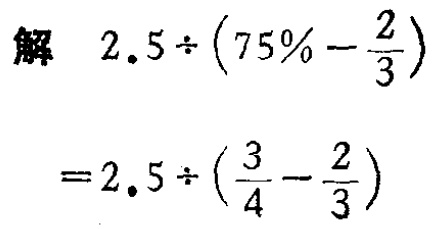
\[

\begin{align*}

&解\quad 2.5\div(75\% - \frac{2}{3})\\

&=2.5\div(\frac{3}{4}-\frac{2}{3})

\end{align*}

\]